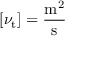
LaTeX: \left[ \nu _ { \mathrm { t } } \right] = { \frac { \mathrm { m ^ { 2 } } } { \mathrm { s } } }